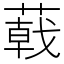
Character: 𦻝